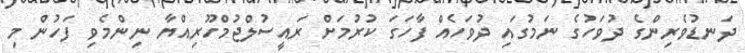
ދަނޑުވެރިންގެ ދުވަހުގެ ނަމުގައި ދުވަހެއް ފާހަގަ ކުރުމަށް ރައީސުލްޖުމްހޫރިއްޔާ ނިންމެވި ފަހުން މި